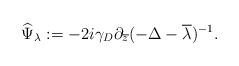
LaTeX: \begin{align*} \widehat{\Psi}_\lambda := -2i \gamma_D \partial_{\overline{z}} (-\Delta-\overline{\lambda})^{-1}.\end{align*}